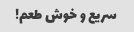
سریع و خوش طعم!